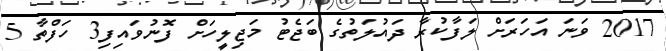
2017 ވަނަ އަހަރަށް ލަފާކުރާ ދައުލަތުގެ ބަޖެޓު މަޖިލީހަށް ފޮނުވައިފި3 ހަފްތާ 5